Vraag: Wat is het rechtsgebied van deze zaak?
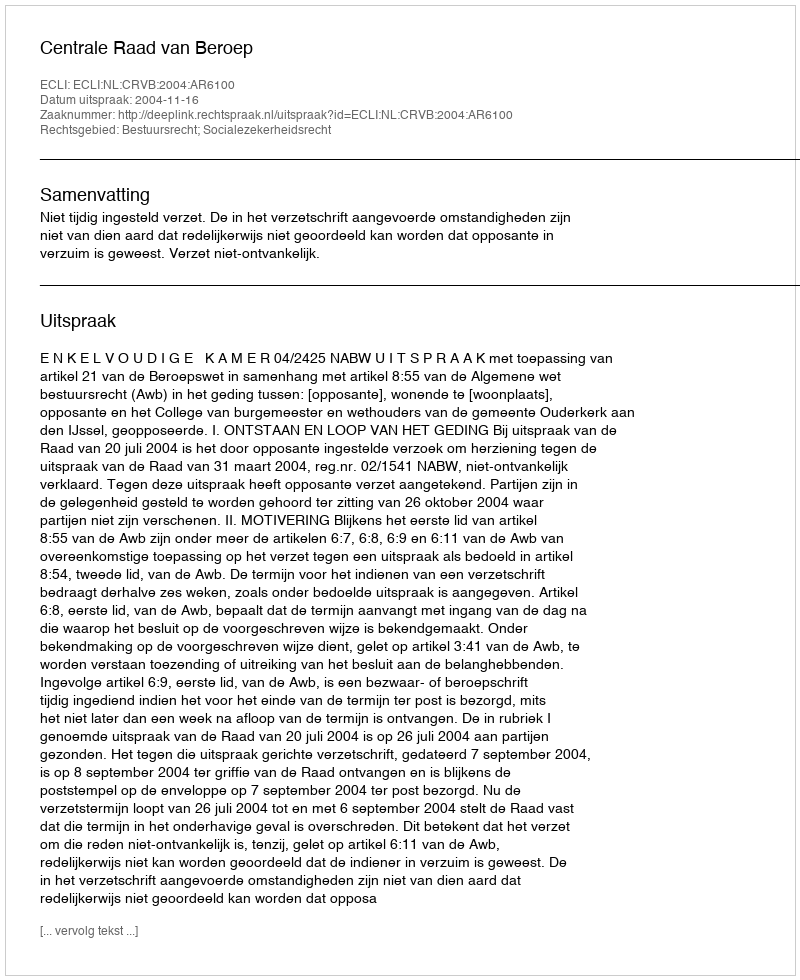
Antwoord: Bestuursrecht; Socialezekerheidsrecht